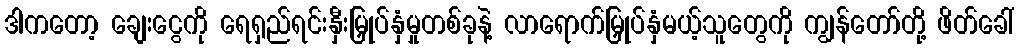
ဒါကတော့ ချေးငွေကို ရေရှည်ရင်းနှီးမြှုပ်နှံမှုတစ်ခုနဲ့ လာရောက်မြှုပ်နှံမယ့်သူတွေကို ကျွန်တော်တို့ ဖိတ်ခေါ်